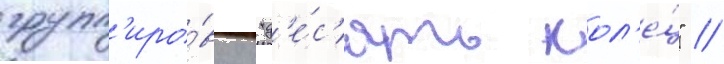
групп'иро́вку "д'е́с'ять кол'е́ц" /